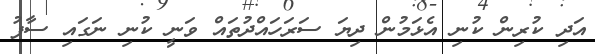
އަދި ކުރިން ކުނި އެޅަމުން ދިޔަ ސަރަހައްދުތައް ވަނީ ކުނި ނަގައި ސާފު